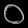
Digit: ၀